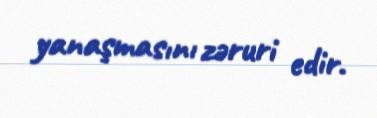
yanaşmasını zəruri edir.